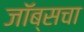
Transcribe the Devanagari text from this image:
जॉब्सचा